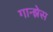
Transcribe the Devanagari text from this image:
गान्झेस